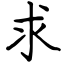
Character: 求